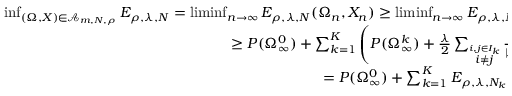
\begin{array} { r } { \operatorname* { i n f } _ { ( \Omega , X ) \in \mathcal A _ { m , N , \rho } } E _ { \rho , \lambda , N } = \operatorname* { l i m i n f } _ { n \to \infty } E _ { \rho , \lambda , N } ( \Omega _ { n } , X _ { n } ) \geq \operatorname* { l i m i n f } _ { n \to \infty } E _ { \rho , \lambda , N } ( \overline { \Omega } _ { n } , \widetilde X _ { n } ) } \\ { \geq P ( \Omega _ { \infty } ^ { 0 } ) + \sum _ { k = 1 } ^ { K } \left( P ( \Omega _ { \infty } ^ { k } ) + { \frac { \lambda } { 2 } } \sum _ { \stackrel { i , j \in I _ { k } } { i \not = j } } { \frac { 1 } { | \tilde { x } _ { i , \infty } ^ { k } - \tilde { x } _ { j , \infty } ^ { k } | } } \right) } \\ { = P ( \Omega _ { \infty } ^ { 0 } ) + \sum _ { k = 1 } ^ { K } E _ { \rho , \lambda , N _ { k } } ( \Omega _ { \infty } ^ { k } , X _ { \infty } ^ { k } ) . } \end{array}